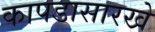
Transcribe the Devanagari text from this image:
कापडासारखे